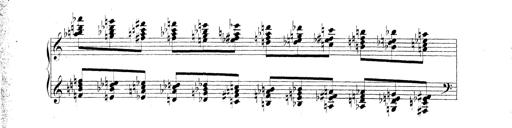
Title: Technische Studien
Composer: Franz Liszt